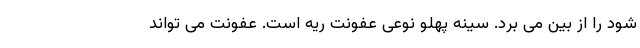
شود را از بین می برد. سینه پهلو نوعی عفونت ریه است. عفونت می تواند